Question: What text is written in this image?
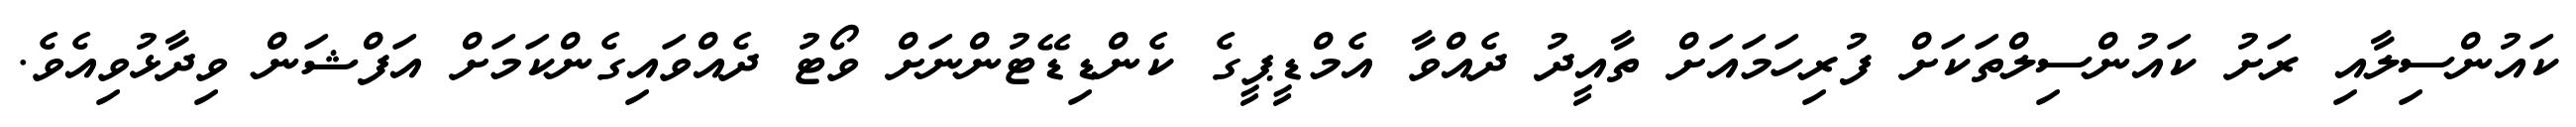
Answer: ކައުންސިލާއި ރަށު ކައުންސިލްތަކަށް ފުރިހަމައަށް ތާއީދު ދެއްވާ އެމްޑީޕީގެ ކެންޑިޑޭޓުންނަށް ވޯޓު ދެއްވައިގެންކަމަށް އަފްޝަން ވިދާޅުވިއެވެ.